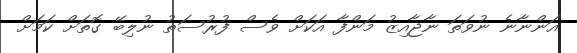
އަންނާނެ ނުވަތަ ނާޖާއިޒު މަންފާ އަކަށް ވެސް ފުރުސަތު ނުލިބޭ ގޮތަށް ކަމަށް